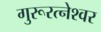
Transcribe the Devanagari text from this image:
गुरूरत्नेश्वर